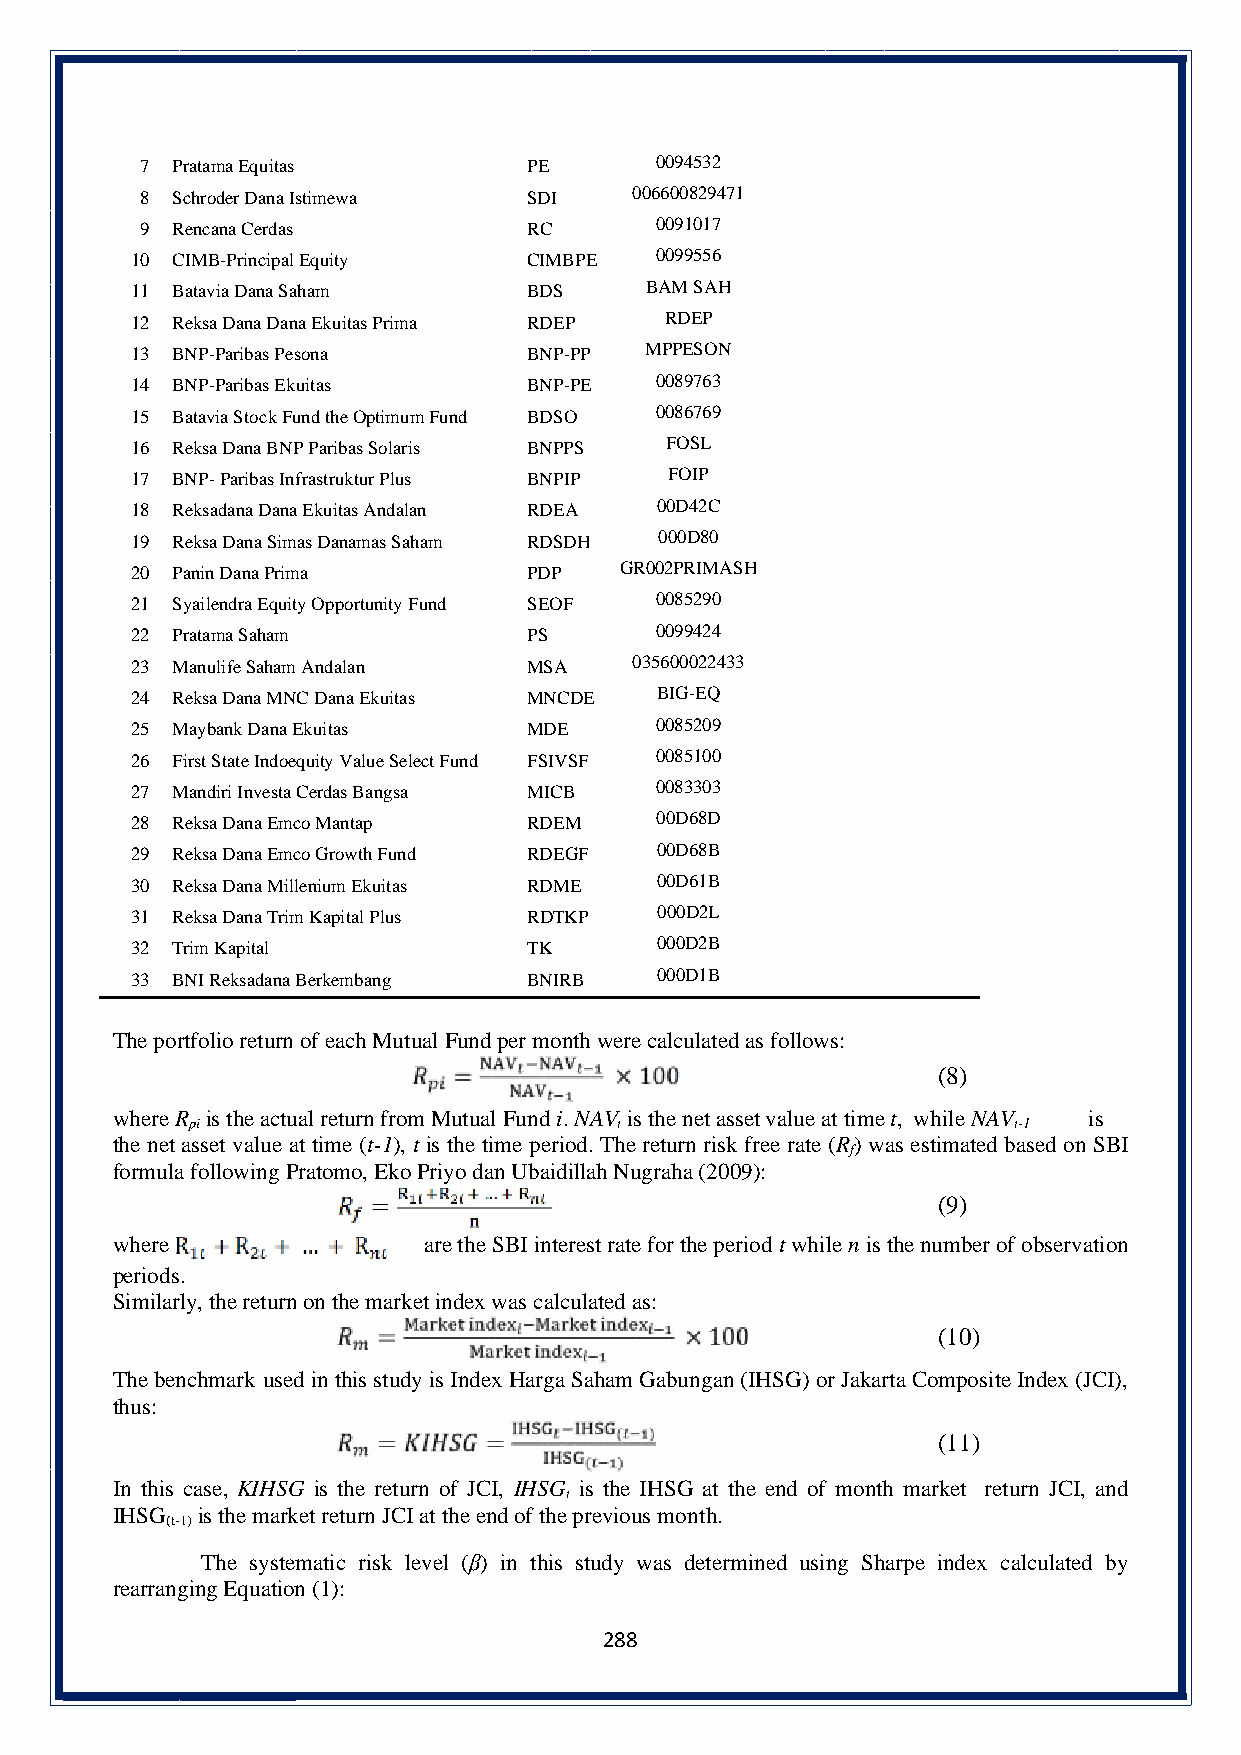
7 Pratama Equitas         PE      0094532
 8 Schroder Dana Istimewa  SDI    006600829471
 9 Rencana Cerdas          RC      0091017
 10 CIMB-Principal Equity  CIMBPE  0099556
 11 Batavia Dana Saham     BDS     BAM SAH
 12 Reksa Dana Dana Ekuitas Prima RDEP RDEP
 13 BNP-Paribas Pesona     BNP-PP  MPPESON
 14 BNP-Paribas Ekuitas    BNP-PE  0089763
 15 Batavia Stock Fund the Optimum Fund BDSO 0086769
 16 Reksa Dana BNP Paribas Solaris BNPPS FOSL
 17 BNP- Paribas Infrastruktur Plus BNPIP FOIP
 18 Reksadana Dana Ekuitas Andalan RDEA 00D42C
 19 Reksa Dana Simas Danamas Saham RDSDH 000D80
 20 Panin Dana Prima       PDP   GR002PRIMASH
 21 Syailendra Equity Opportunity Fund SEOF 0085290
 22 Pratama Saham          PS      0099424
 23 Manulife Saham Andalan MSA    035600022433
 24 Reksa Dana MNC Dana Ekuitas MNCDE BIG-EQ
 25 Maybank Dana Ekuitas   MDE     0085209
 26 First State Indoequity Value Select Fund FSIVSF 0085100
 27 Mandiri Investa Cerdas Bangsa MICB 0083303
 28 Reksa Dana Emco Mantap RDEM    00D68D
 29 Reksa Dana Emco Growth Fund RDEGF 00D68B
 30 Reksa Dana Millenium Ekuitas RDME 00D61B
 31 Reksa Dana Trim Kapital Plus RDTKP 000D2L
 32 Trim Kapital           TK      000D2B
 33 BNI Reksadana Berkembang BNIRB 000D1B
 The portfolio return of each Mutual Fund per month were calculated as follows:
 (8)
 where R is the actual return from Mutual Fund i. NAV is the net asset value at time t, while NAV is
 pi                           t                         t-1
 the net asset value at time (t-1), t is the time period. The return risk free rate (R) was estimated based on SBI
 f
 formula following Pratomo, Eko Priyo dan Ubaidillah Nugraha (2009):
 (9)
 where                are the SBI interest rate for the period t while n is the number of observation
 periods.
 Similarly, the return on the market index was calculated as:
 (10)
 The benchmark used in this study is Index Harga Saham Gabungan (IHSG) or Jakarta Composite Index (JCI),
 thus:
 (11)
 In this case, KIHSG is the return of JCI, IHSG is the IHSG at the end of month market return JCI, and
 t
 IHSG  is the market return JCI at the end of the previous month.
 (t-1)
 The systematic risk level (β) in this study was determined using Sharpe index calculated by
 rearranging Equation (1):
 288